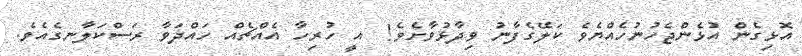
އޮޅިގެން އުޅެންޖެހުނުހެއްޔެވެ ކަލޭގެފާނު ވިދާޅުވާށެވެ!  އީ ހުރިހާ އެއްޗެއް ހައްދަވާ ރަސްކަލާނގެއެވެ.